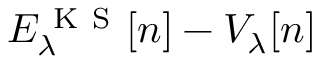
E _ { \lambda } ^ { \mathrm { ~ K ~ S ~ } } [ n ] - V _ { \lambda } [ n ]